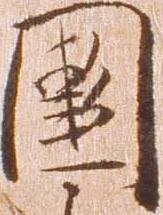
国